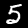
Label: 5